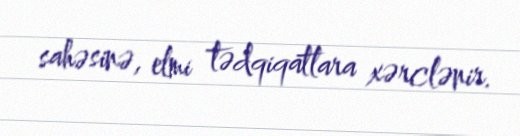
sahəsinə, elmi tədqiqatlara xərclənir.